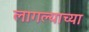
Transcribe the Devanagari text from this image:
लागल्याच्या